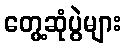
တွေ့ဆုံပွဲများ